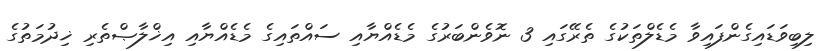
ލިބިވަޑައިގެންފައިވާ މެޑެލްތަކުގެ ތެރޭގައި 3 ނޮވެންބަރުގެ މެޑެއްޔާއި ސައްތައިގެ މެޑެއްޔާއި އިޚްލާޞްތެރި ޚިދުމަތުގެ